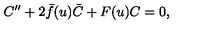
C ^ { \prime \prime } + 2 \bar { f } ( u ) \bar { C } + F ( u ) C = 0 ,